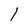
Character: l